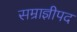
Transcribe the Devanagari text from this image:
सम्राज्ञीपद